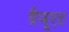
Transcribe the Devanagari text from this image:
ग्रैजूएट